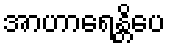
အာဟာရေန္တိပေ